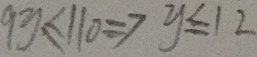
9 y \leq 1 1 0 \Rightarrow y \leq 1 2